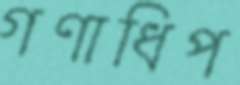
গণাধিপ